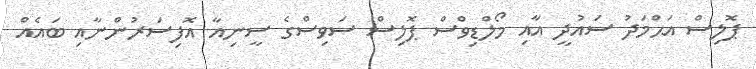
ޕޮލިސް އަޙްމަދު ސައުދީ އާއި މޯލްޑިވްސް ޕޮލިސް ސަވިސްގެ ސީނިއާ އޮފިސަރުންނާއި ބައެއް